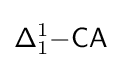
{\mathsf {\Delta }}_{1}^{1}{\mathsf {-CA}}